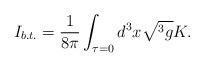
LaTeX: \begin{align*}I_{b.t.}=\frac 1{8\pi }\int_{\tau =0}d^3x\sqrt{^3g}K.\end{align*}